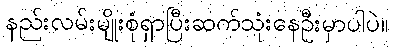
နည်းလမ်းမျိုးစုံရှာပြီးဆက်သုံးနေဦးမှာပါပဲ။